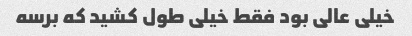
خیلی عالی بود فقط خیلی طول کشید که برسه